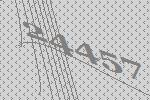
24457